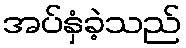
အပ်နှံခဲ့သည်